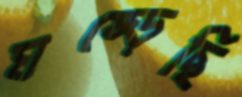
ঘষ্‌ড়েছি